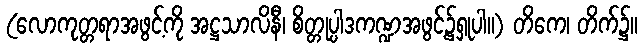
(လောကုတ္တရာအဖွင့်ကို အဋ္ဌသာလိနီ၊ စိတ္တုပ္ပါဒကဏ္ဍအဖွင့်၌ရှုပါ။) တိကေ၊ တိက်၌။